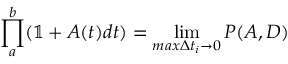
\prod _ { a } ^ { b } ( \mathbb { 1 } + A ( t ) d t ) = \operatorname* { l i m } _ { m a x \Delta t _ { i } \to 0 } P ( A , D )